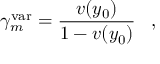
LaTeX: \gamma _ { m } ^ { \mathrm { v a r } } = { \frac { v ( y _ { 0 } ) } { 1 - v ( y _ { 0 } ) } } \; \; \; ,